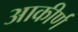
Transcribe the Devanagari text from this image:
आकीर्ण